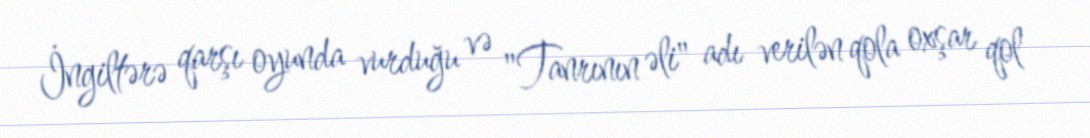
İngiltərə qarşı oyunda vurduğu və "Tanrının əli" adı verilən qola oxşar qol